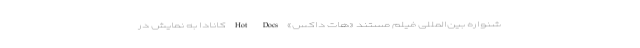
شنواره بین‌المللی فیلم مستند «هات داکس» Hot Docs کانادا به نمایش در